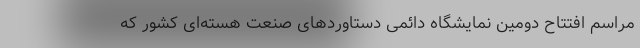
مراسم افتتاح دومین نمایشگاه دائمی دستاوردهای صنعت هسته‌ای کشور که